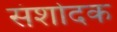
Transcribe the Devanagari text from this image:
संशोदक